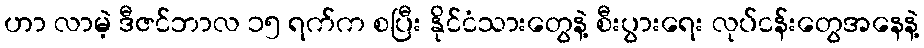
ဟာ လာမဲ့ ဒီဇင်ဘာလ ၁၅ ရက်က စပြီး နိုင်ငံသားတွေနဲ့ စီးပွားရေး လုပ်ငန်းတွေအနေနဲ့